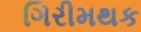
ગિરીમથક